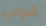
هوب